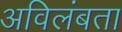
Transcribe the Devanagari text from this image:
अविलंबता